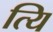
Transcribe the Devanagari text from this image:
त्यि